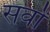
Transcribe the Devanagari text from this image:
सर्वों